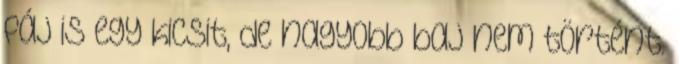
fáj is egy kicsit, de nagyobb baj nem történt.